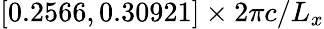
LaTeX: [0.2566,0.30921]\times 2\pi c/L_{x}